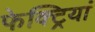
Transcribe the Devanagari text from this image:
फेक्ट्रियां